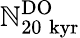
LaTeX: \mathbb{N}_{20\; \mathrm{{kyr}}}^{\mathrm{{DO}}}